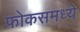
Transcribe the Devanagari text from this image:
फोकसमध्ये